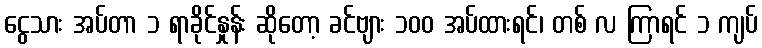
ငွေသား အပ်တာ ၁ ရာခိုင်နှုန်း ဆိုတော့ ခင်ဗျား ၁၀၀ အပ်ထားရင်၊ တစ် လ ကြာရင် ၁ ကျပ်